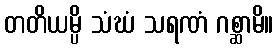
တတိယမ္ပိ သံဃံ သရဏံ ဂစ္ဆာမိ။